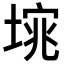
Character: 𭏆